Report on sanitation, dispensaries, and jails in Rajputana for 1919, and on vaccination for the year 1919-1920 - 1919-1920
Year: 1919
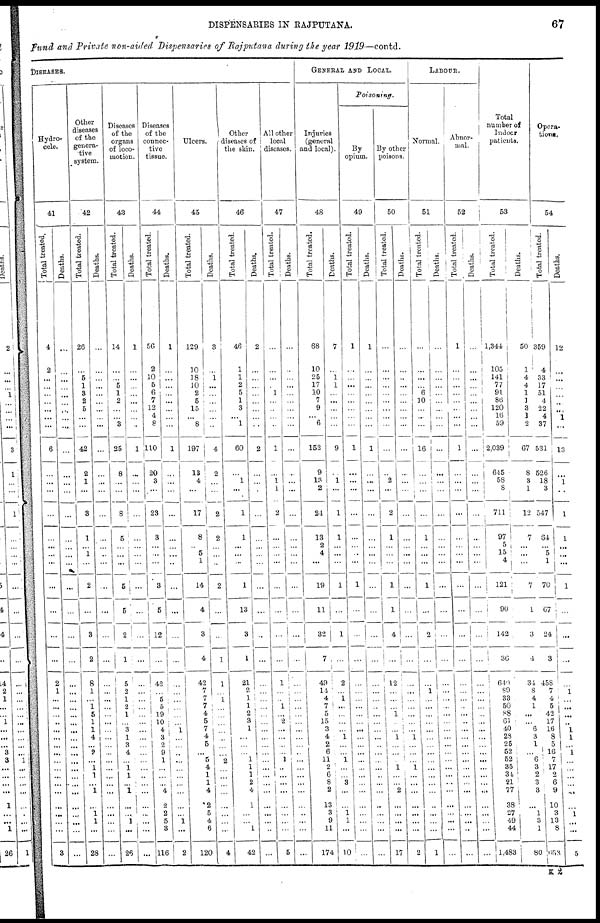
DISPENSARIES IN RAJPUTANA.
67
Fund and Private non-aided Dispensaries of Rajputana during the year 1919— contd.
DISEASES.
Hydro-
cele.
41
Total treated.
4
2
...
...
...
...
...
... ...
6
...
...
...
...
...
...
...
...
...
...
...
...
2
1
...
...
...
...
...
...
...
...
...
...
...
...
...
...
...
...
...
3
Deaths.
...
...
...
...
...
...
...
...
....
...
...
...
...
...
...
...
...
...
...
...
...
...
...
...
...
...
...
...
...
...
...
...
...
...
...
...
...
...
...
...
...
...
Other
diseases
of the
genera-
tive
system.
42
Total treated.
26
...
5
1
3
2
5
... ...
42
2
1
...
3
1
...
1
...
2
...
3
2
8
1
...
1
5
1
1
4
...
2
...
1
1
...
1
...
1
1
...
28
Deaths.
...
...
...
...
...
...
...
...
...
...
...
...
...
...
...
...
...
...
...
,..
...
...
...
...
...
...
...
...
...
...
...
...
...
...
...
...
...
...
...
...
...
...
Diseases
of the
organs
of loco-
motion.
43
Total treated.
14
...
...
5
1
2
...
...
3
25
8
...
...
8
5
...
...
...
1
5
2
1
5
2
1
2
1
...
3
1
3
4
...
1
1
...
1
...
...
1
...
26
Deaths.
1
...
...
...
...
...
...
...
...
1
...
...
...
...
...
...
...
...
...
...
...
...
...
...
...
...
...
...
...
...
...
...
...
...
...
...
...
...
...
...
...
...
Diseases
of the
connec-
tive
tissue.
44
Total treated.
56
2
10
5
6
7
12
4
8
110
20
3
...
23
3
...
...
...
3
5
12
...
42
...
5
5
19
10
4
3
2
9
1
...
...
...
4
2
2
5
3
116
Deaths.
1
...
...
...
...
...
...
...
...
1
...
...
...
...
...
...
...
...
...
...
...
...
...
...
...
...
...
...
1
...
...
...
...
...
...
...
...
...
...
1
...
2
Ulcers.
45
Total treated.
129
10
18
10
2
5
15
...
8
197
13
4
...
17
8
...
5
1
14
4
3
4
42
7
7
7
4
5
7
4
5
...
5
4
1
1
4
2
5
4
6
120
Deaths.
3
...
1
...
...
...
...
...
...
4
2
...
...
2
2
...
...
...
2
...
...
1
1
...
1
...
...
...
...
...
...
...
2
...
...
...
...
...
...
...
...
4
Other
diseases of
the skin.
46
Total treated.
46
1
1
2
5
1
3
... 1
60
...
1
...
1
1
...
...
...
1
13
3
1
21
2
1
1
2
3
1
...
...
...
1
1
1
2
4
1
...
...
1
42
Deaths.
2
...
...
...
...
...
...
...
...
2
...
...
...
...
...
...
...
...
...
...
...
...
...
...
...
...
...
...
...
...
...
...
...
...
...
...
...
...
...
...
...
...
All other
local
diseases.
47
Total treated.
...
...
...
...
1
...
...
...
...
1
...
1 1
2
...
...
...
...
...
...
...
...
1
...
...
1
...
2
...
...
...
...
1
...
...
...
...
...
...
...
...
5
Deaths.
...
...
...
...
...
...
...
...
...
...
...
...
...
...
...
...
...
...
...
...
...
...
...
...
...
...
...
...
...
...
...
...
...
...
...
...
...
...
...
...
...
...
GENERAL AND LOCAL.
Injuries
(general
and local).
48
Total treated.
68
10
25
17
10
7
9
... 6
152
9
13
2
24
13
2
4
...
19
11
32
7
49
11.
4
7
5
15
3
4
2
6
11
2
6
8
2
13
3
9
11
174
Deaths.
7
...
1
1
...
...
...
...
...
9
...
1
...
1
1
...
...
...
1
...
1
...
2
...
1
...
...
...
...
1
...
...
1
...
...
3
...
...
1
1
...
10
Poisoning.
By
opium.
49
Total treated.
1
...
...
...
...
...
...
...
...
1
...
...
...
...
...
...
...
...
1
...
...
...
...
...
...
...
...
...
...
...
...
...
...
...
...
...
...
...
...
...
...
...
Deaths.
1
...
...
...
...
...
...
...
...
1
...
...
...
...
...
...
...
...
...
...
...
...
...
...
...
...
...
...
...
...
..
...
...
...
...
...
...
...
...
...
...
...
By other
poisons.
50
Total treated.
...
...
...
...
...
...
...
...
...
...
...
2
...
2
1
...
...
...
1
1
4
...
12
...
...
...
1
...
...
1
...
...
...
1
...
...
2
...
...
...
...
17
Deat hs .
...
...
...
...
...
...
...
...
...
...
...
...
1
...
...
...
...
...
...
...
...
...
...
...
...
...
...
...
...
1
...
...
...
1
...
...
...
...
...
...
...
2
LABOUR.
Normal.
51
Tot al treated.
...
...
...
...
6
10
...
... ...
16
...
...
...
...
1
...
...
...
1
...
2
...
...
1
...
...
...
...
...
...
...
...
...
...
...
...
...
...
...
...
...
1
Deat hs .
...
...
...
...
...
...
...
... ...
...
...
...
...
...
...
...
...
...
...
...
...
...
...
...
...
...
...
...
...
...
...
...
...
...
...
...
...
...
...
...
...
...
Abnor-
mal.
52
Tot al treated.
1
...
...
...
...
...
...
...
...
1
...
...
...
...
...
...
...
...
...
...
...
...
...
...
...
...
...
...
...
...
...
...
...
...
...
...
...
...
...
...
...
Deat hs .
...
...
...
...
...
...
...
...
...
...
...
...
...
...
...
...
...
...
...
...
...
...
...
...
...
...
...
...
...
...
...
...
...
...
...
...
...
...
...
...
...
Total
number of
Indoor
patients.
53
Tot al treated.
1,344
105
141
77
91
86
120
16
59
2,039
645
58
8
711
97
5
15
4
121
90
142
36
640
89
33
50
88
61
40
28
25
52
52
35
34
21
77
38
27
49
44
1,483
Deat hs .
50
1
4
4
1
1
3
1
2
67
8
3
1
12
7
...
...
...
7
1
3
4
34
8
4
1
...
...
6
3
1
...
6
3
2
3
3
...
1
3
1
80
Opera-
tions.
54
Total treated.
359
4
33
17
51
4
22
4
37
531
526
18
3
547
64
...
5
1
70
67
24
3
458
7
4
5
42
17
16
8
5
16
7
17
2
6
9
10
3
13
8
653
Deaths.
12
...
...
...
...
...
...
1
...
13
...
1
...
1
1
...
...
...
1
...
...
...
1
...
...
...
...
1
1
...
1
...
...
...
...
...
...
1
...
...
5
K 2